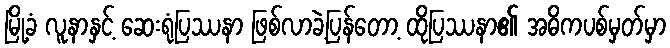
မြို့ခံ လူနာနှင့် ဆေးရုံပြဿနာ ဖြစ်လာခဲ့ပြန်တော့ ထိုပြဿနာ၏ အဓိကပစ်မှတ်မှာ